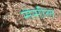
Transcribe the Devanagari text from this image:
सेसील